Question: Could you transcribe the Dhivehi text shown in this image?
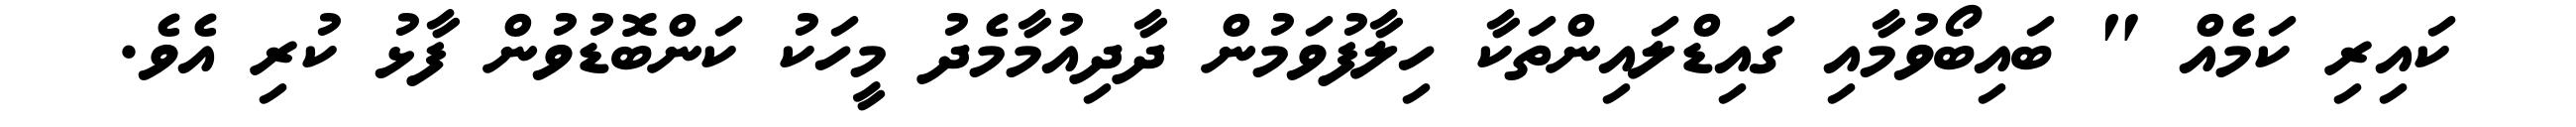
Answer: ކައިރި ކަމެއް " ބައިބޯވުމާއި ގައިޑްލައިންތަކާ ހިލާފުވަމުން ދާދިއުމާމެދު މީހަކު ކަންބޮޑުވުން ފާޅު ކުރި އެވެ.